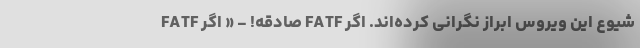
شیوع این ویروس ابراز نگرانی کرده‌اند. اگر FATF صادقه! - « اگر FATF